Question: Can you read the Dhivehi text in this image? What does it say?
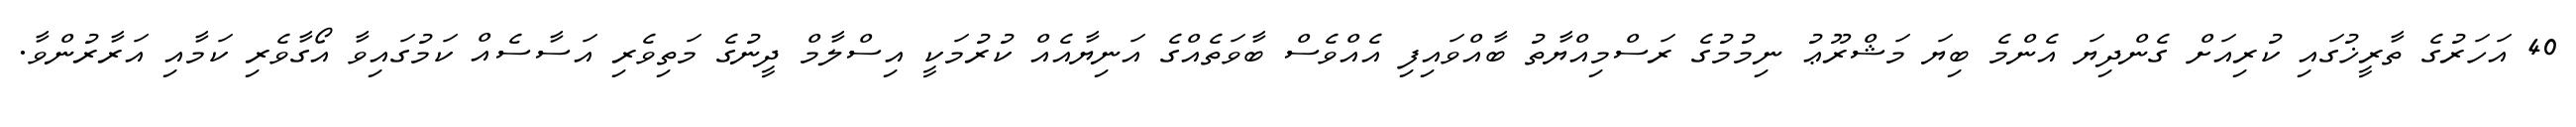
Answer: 40 އަހަރުގެ ތާރީޚުގައި ކުރިއަށް ގެންދިޔަ އެންމެ ބިޔަ މަޝްރޫޢު ނިމުމުގެ ރަސްމިއްޔާތު ބާއްވައިފި އެއްވެސް ބާވަތެއްގެ އަނިޔާއެއް ކުރުމަކީ އިސްލާމް ދީނުގެ މަތިވެރި އަސާސެއް ކަމުގައިވާ އޯގާވެރި ކަމާއި އަރާރުންވާ.